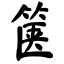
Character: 箧